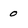
Character: 0